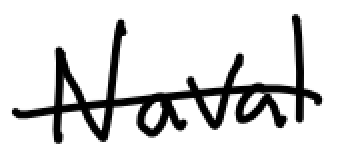
Text: Naval
Cross-out: single-line
Writing tool: digital_black